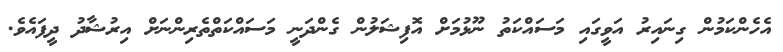
އެހެންކަމުން ގިނައިރު އަވީގައި މަސައްކަތު ނޫޅުމަށް އޮފިޝަލުން ގެންދަނީ މަސައްކަތްތެރިންނަށް އިރުޝާދު ދީފައެވެ.